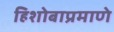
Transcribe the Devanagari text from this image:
हिशोबाप्रमाणे